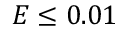
E \le 0 . 0 1